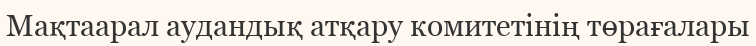
Мақтаарал аудандық атқару комитетінің төрағалары